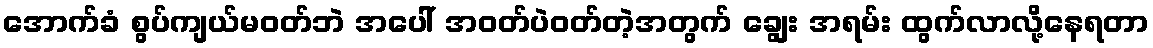
အောက်ခံ စွပ်ကျယ်မဝတ်ဘဲ အပေါ် အဝတ်ပဲဝတ်တဲ့အတွက် ချွေး အရမ်း ထွက်လာလို့နေရတာ